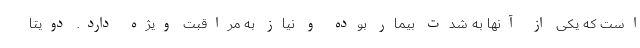
است كه یكی از آنها به شدت بیمار بوده و نیاز به مراقبت ویژه دارد. دویتا